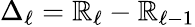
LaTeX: \Delta_{\ell}=\mathbb{R}_{\ell}-\mathbb{R}_{\ell-1}